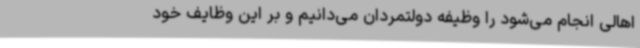
اهالی انجام می‌شود را وظیفه دولتمردان می‌دانیم و بر این وظایف خود